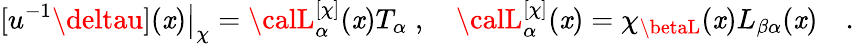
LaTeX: [u^{-1}\deltau](\mathit{x})\big|_{\chi}={\calL}_{\alpha}^{[\chi]}(\mathit{x})T_{\alpha}\; ,\quad{\calL}_{\alpha}^{[\chi]}(\mathit{x})=\chi_{\betaL}(\mathit{x})L_{\beta\alpha}(\mathit{x})\quad.